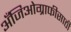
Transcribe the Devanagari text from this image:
अँजिओग्राफीसाठी